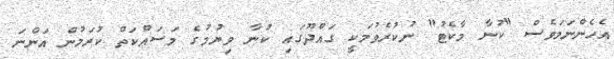
އެހެންނަމަވެސް "ކުނާ މާކެޓު" ނުކުރެވުމަކީ ގައްދޫގައި ކުނާ ވިޔުމުގެ މަސައްކަތް ކުރަމުން އަންނަ